Indian journal of veterinary science and animal husbandry - Volumes 26-27, 1956-1957
Year: 1956
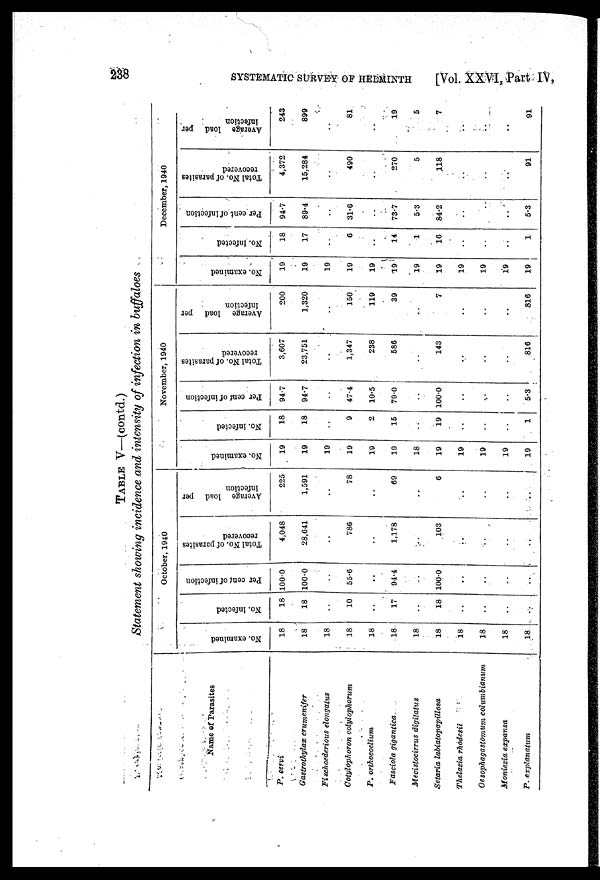
238 SYSTEMATIC SURVEY OF HELMINTHA [Vol. XXVI. Part IV,
TABLE V—(contd.)
Statement showing incidence and intensity of infection in buffaloes
Name of Parasites
P. cervi
Gastrothylax crumenifer
Fischoederious elongatus
Cotylophoron cotylophorum
P. orthocoelium
Fasciola gigantica
Mecistocirrus digitatus
Setaria labiatopapillosa
Thelazia rhodesii
Oesophagastomum columbianum
Moniezia expansa
P. explanatum
October, 1940
No. examined
18
18
18
18
18
18
18
18
18
18
18
18
No. infected
18
18
..
10
..
17
..
18
..
..
..
..
Per cent of infection
100.0
100.0
..
55.6
..
94.4
..
100.0
..
..
..
..
Total No. of parasites
recovered
4,048
28,641
..
786
..
1,178
..
103
..
..
..
..
Average load per
infection
225
1,591
..
78
..
69
..
6
..
..
..
..
November, 1940
No. examined
19
19
19
19
19
19
18
19
19
19
19
19
No. infected
18
18
..
9
2
15
..
19
..
..
..
1
Per cent of infection
94.7
94.7
..
47.4
10.5
79.0
..
100.0
..
..
..
5.3
Total No. of parasites
recovered
3,607
23,751
..
1,347
238
586
..
143
..
..
..
816
Average load per
infection
200
1,320
..
150
119
39
..
7
..
..
..
816
December, 1940
No. examined
19
19
19
19
19
19
19
19
19
19
19
19
No. infected
18
17
..
6
..
14
1
16
..
..
..
1
Per cent of infection
94.7
89.4
..
31.6
..
73.7
5.3
84.2
..
..
..
5.3
Total No. of parasites
recovered
4,372
15,284
..
490
..
270
5
118
..
..
..
91
Average load per
infection
243
899
..
81
..
19
5
7
..
..
..
91